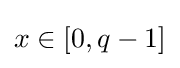
x\in [0,q-1]